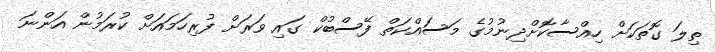
ތިލަ ގޮތަކަށް ހިއްސާކޮށްދިނުމުގެ މަސައްކަތް ފޭސްބުކް ގައި ވަރަށް ފުރިހަމައަށް ކުރަމުން އަންނަ